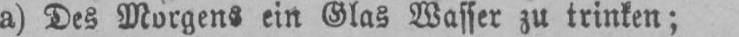
a) Des Morgens ein Glas Wasser zu trinken;